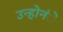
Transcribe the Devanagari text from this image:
उन्होनंे